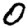
Digit: 0